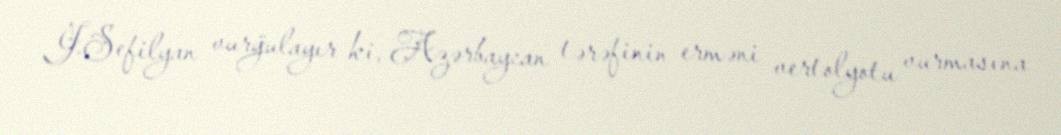
J.Sefilyan vurğulayır ki, Azərbaycan tərəfinin erməni vertolyotu vurmasına